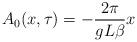
LaTeX: \begin{align*}A_0(x,\tau) = -\frac{2\pi}{gL\beta}x\end{align*}